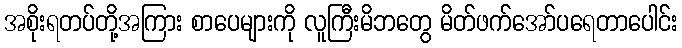
အစိုးရတပ်တို့အကြား စာပေများကို လူကြီးမိဘတွေ မိတ်ဖက်အော်ပရေတာပေါင်း